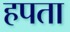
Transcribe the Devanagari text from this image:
हपता